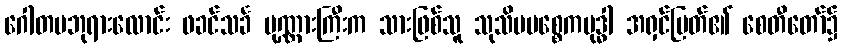
ဂေါတမဘုရားလောင်း ဖခင်သင်္ခ ပုဏ္ဏားကြီးက သားဖြစ်သူ သုသိမပစ္စေကဗုဒ္ဓါ အရှင်မြတ်၏ စေတီတော်၌